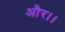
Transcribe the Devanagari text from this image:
और।।